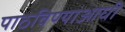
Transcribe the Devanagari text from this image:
पाठविण्याआधी